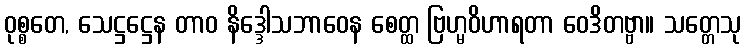
ဝုစ္စတေ, သေဋ္ဌဋ္ဌေန တာဝ နိဒ္ဒေါသဘာဝေန စေတ္ထ ဗြဟ္မဝိဟာရတာ ဝေဒိတဗ္ဗာ။ သတ္တေသု